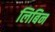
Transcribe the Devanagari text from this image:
लिबिन